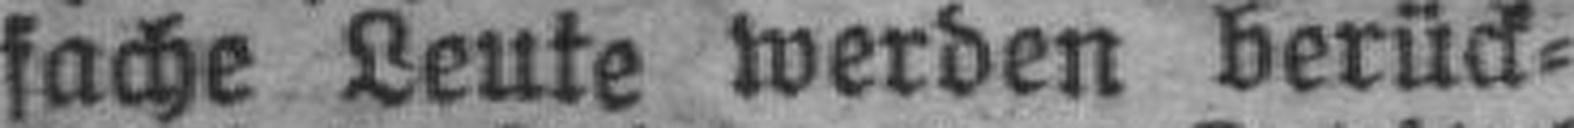
fache Leute werden berück¬